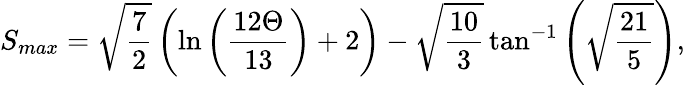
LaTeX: S_{max}=\sqrt{\frac{7}{2}}\left(\ln\left(\frac{12\Theta}{13}\right)+2\right)-\sqrt{\frac{10}{3}}\tan^{-1}\left(\sqrt{\frac{21}{5}}\right),